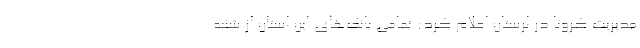
مدیریت کرونا در لرستان اعلام کرد: تمامی بانک‌های این استان از شنبه